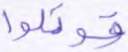
قوتلوا